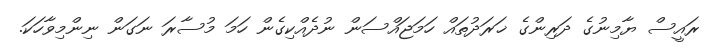
ރައީސް ޔާމިނުގެ ދަރިންގެ ޚަރަދުތައް ހަމަޖައްސަން ނުދެއްކިގެން ހަމަ މުސާރަ ނަގަން ނިންމިވާހަކަ.